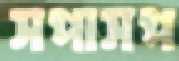
সপাসপ